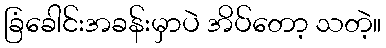
ခြံခေါင်းအခန်းမှာပဲ အိပ်တော့ သတဲ့။